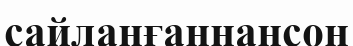
сайланғаннансоң